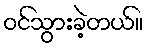
ဝင်သွားခဲ့တယ်။